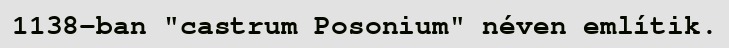
1138-ban "castrum Posonium" néven említik.